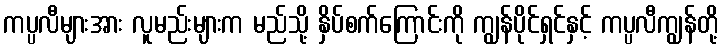
ကပ္ပလီများအား လူမည်းများက မည်သို့ နှိပ်စက်ကြောင်းကို ကျွန်ပိုင်ရှင်နှင့် ကပ္ပလီကျွန်တို့